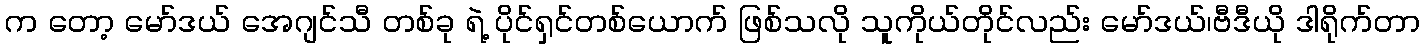
က တော့ မော်ဒယ် အေဂျင်သီ တစ်ခု ရဲ့ ပိုင်ရှင်တစ်ယောက် ဖြစ်သလို သူကိုယ်တိုင်လည်း မော်ဒယ်၊ဗီဒီယို ဒါရိုက်တာ